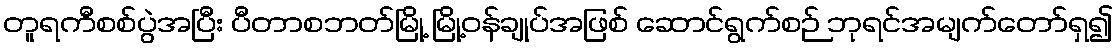
တူရကီစစ်ပွဲအပြီး ပီတာစဘတ်မြို့ မြို့ဝန်ချုပ်အဖြစ် ဆောင်ရွက်စဉ် ဘုရင်အမျက်တော်ရှ၍